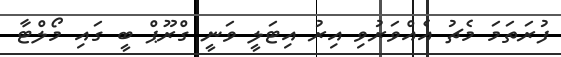
ފުރަތަމަ މެޗު އެއްވަރުވި އިރު އިޓަލީ ވަނީ ގްރޫޕް ބީ ގައި މޯލްޓާ